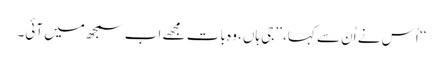
‘‘ اُس نے اُن سے کہا، ’’جی ہاں، وہ بات مجھے اب سمجھ میں آئی۔